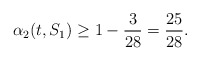
\begin{align*}\alpha_2(t,S_1) \geq 1 - \frac{3}{28} = \frac{25}{28}.\end{align*}